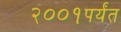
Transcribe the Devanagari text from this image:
२००१पर्यंत